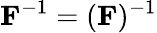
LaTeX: \mathbf{F}^{-1}=(\mathbf{F}){}^{-1}